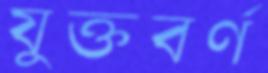
যুক্তবর্ণ